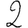
Digit: 2